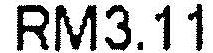
RM3.11